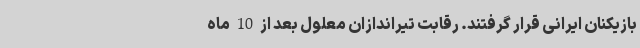
بازیکنان ایرانی قرار گرفتند. رقابت تیراندازان معلول بعد از 10 ماه